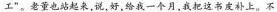
工”。老董也站起来,说,好,给我一个月,我把这书皮补上。不